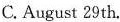
C. August 29th.